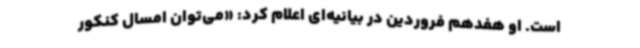
است. او هفدهم فروردین در بیانیه‌ای اعلام کرد: «می‌توان امسال کنکور